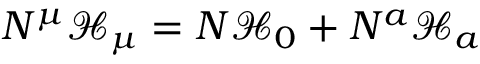
N ^ { \mu } \mathcal { H } _ { \mu } = N \mathcal { H } _ { 0 } + N ^ { a } \mathcal { H } _ { a }